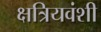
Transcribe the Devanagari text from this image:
क्षत्रियवंशी